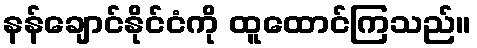
နန်ချောင်နိုင်ငံကို ထူထောင်ကြသည်။